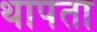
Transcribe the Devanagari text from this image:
थापता